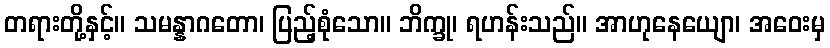
တရားတို့နှင့်။ သမန္နာဂတော၊ ပြည့်စုံသော။ ဘိက္ခု၊ ရဟန်းသည်။ အာဟုနေယျော၊ အဝေးမှ